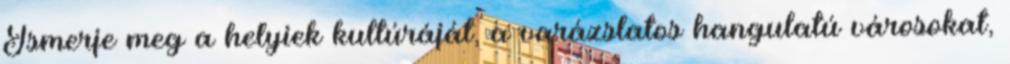
Ismerje meg a helyiek kultúráját, a varázslatos hangulatú városokat,